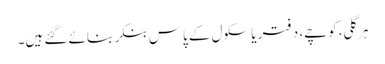
ہر گلی، کوچے، دفتر یا سکول کے پاس بنکر بنائے گئے ہیں۔